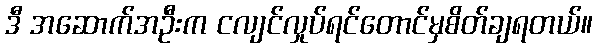
ဒီ အဆောက်အဦးက ငလျင်လှုပ်ရင်တောင်မှစိတ်ချရတယ်။